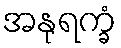
အနုရက္ခံ